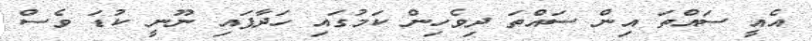
އެއީ ސައްތަ އިން ސައްތަ ދިވެހިން ކަމުގައި ހަދާފައި ނޫނީ ކުޑަ ވެސް